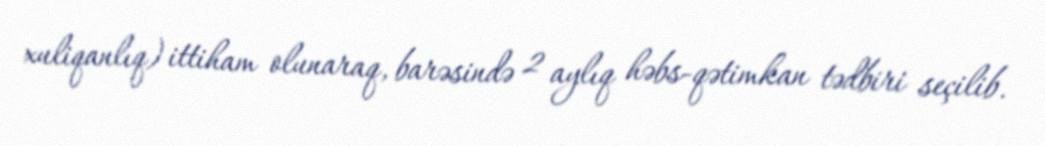
xuliqanlıq) ittiham olunaraq, barəsində 2 aylıq həbs-qətimkan tədbiri seçilib.